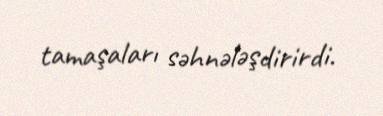
tamaşaları səhnələşdirirdi.